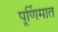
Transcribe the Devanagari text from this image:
पूर्णिमात